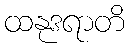
ထနုဒရာတိ